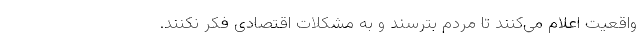
واقعیت اعلام می‌کنند تا مردم بترسند و به مشکلات اقتصادی فکر نکنند.